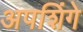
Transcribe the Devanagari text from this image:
अपशिंगे